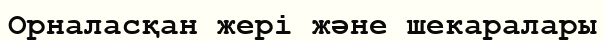
Орналасқан жері және шекаралары